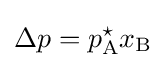
\Delta p=p_{\rm {A}}^{\star }x_{\rm {B}}